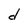
Character: d